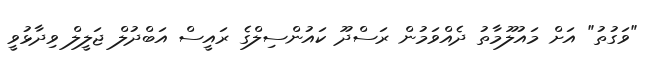
"ވަގުތު" އަށް މަައުލޫމާތު ދެއްވަމުން ރަސްދޫ ކައުންސިލްގެ ރައީސް އަބްދުލް ޖަލީލް ވިދާޅުވީ